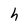
Character: h